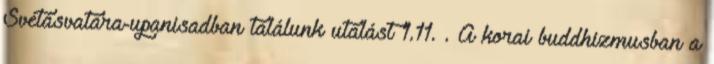
Svétásvatara-upanisadban találunk utalást 1.11. . A korai buddhizmusban a